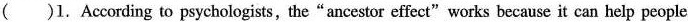
( )1. According to psychologists, the“ancestor effect"works because it can help people